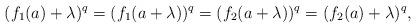
LaTeX: \begin{align*}(f_1(a)+\lambda)^q = (f_1(a + \lambda))^q = (f_2(a + \lambda))^q = (f_2(a)+\lambda)^q,\end{align*}